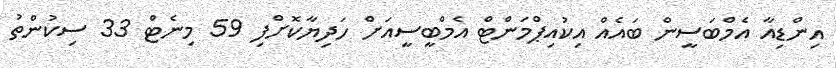
އިންޑިއާ އެމްބަސީން ބައެއް އިކުއިޕްމަންޓް އެމްބީސީއަށް ހަދިޔާކޮށްފި 59 މިނެޓް 33 ސިކުންތު